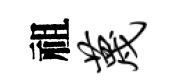
祖蔑